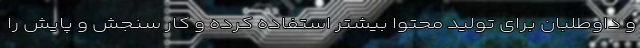
و داوطلبان برای تولید محتوا بیشتر استفاده کرده و کار سنجش و پایش را